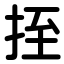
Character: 挃